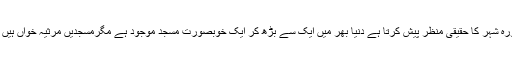
مرکز اطلاعات) آج کا زمانہ مذکورہ شہر کا حقیقی منظر پیش کرتا ہے دُنیا بھر میں ایک سے بڑھ کر ایک خوبصورت مسجد موجود ہے مگرمسجدیں مرثیہ خواں ہیں کہ نمازی نہ رہے کی کیفیت ہے۔